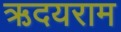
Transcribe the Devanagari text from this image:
ऋदयराम